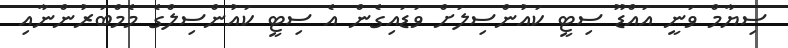
ސިޔާމް ވަނީ އައްޑޫ ސިޓީ ކައުންސިލަށް ވަޑައިގެން އެ ސިޓީ ކައުންސިލްގެ މެމްބަރުންނާއި